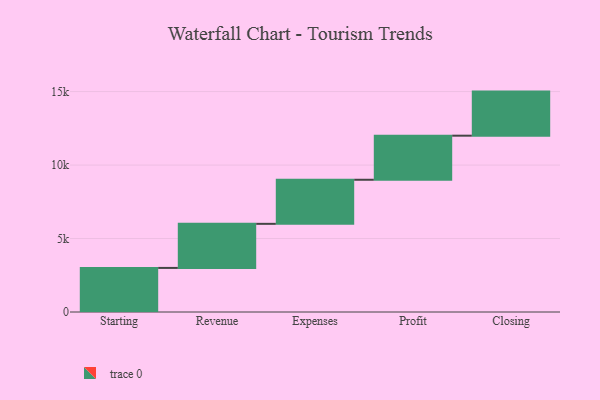
{"axis": {"x": "Step", "y": "Value"}, "legend": [""], "data": [{"x": "Starting", "y": 3000, "type": ""}, {"x": "Revenue", "y": 3000, "type": ""}, {"x": "Expenses", "y": 3000, "type": ""}, {"x": "Profit", "y": 3000, "type": ""}, {"x": "Closing", "y": 3000, "type": ""}]}